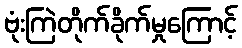
ဗုံးကြဲတိုက်ခိုက်မှုကြောင့်